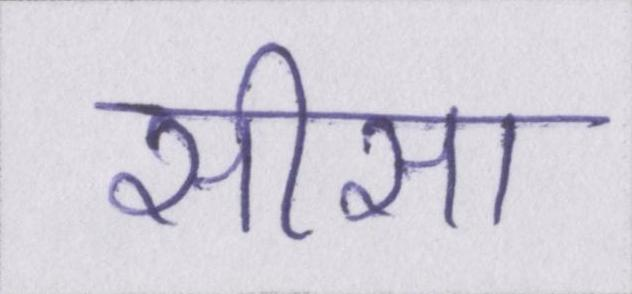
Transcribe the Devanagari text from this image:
सीसा